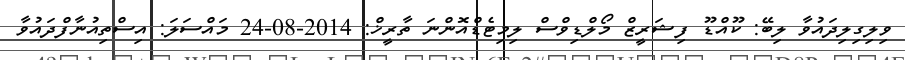
ވިލިގިލިދައުވާ ލިބޭ: ކޫއްޑޫ ފިޝަރީޒް މޯލްޑިވްސް ލިމިޓެޑްއޮންނަ ތާރީޚް: 2014-08-24 މައްސަލަ: އިސްތިއުނާފްދައުވާ